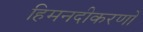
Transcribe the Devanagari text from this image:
हिमनदीकरणों